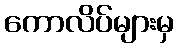
ကောလိပ်များမှ